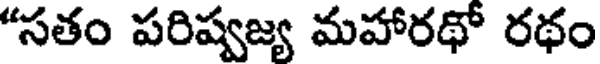
"సతం పరిష్వజ్య మహారథో రథం